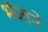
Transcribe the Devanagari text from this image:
भंजाने